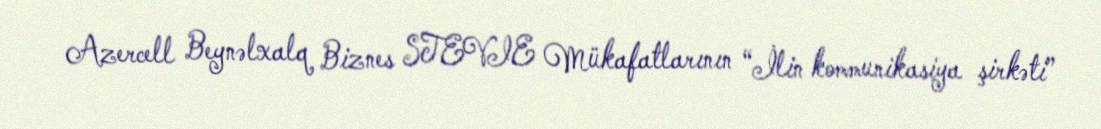
Azercell Beynəlxalq Biznes STEVIE Mükafatlarının “İlin kommunikasiya şirkəti”